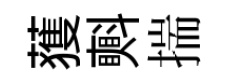
𫉬㪺揣